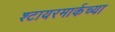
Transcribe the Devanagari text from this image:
श्टायरमार्कच्या